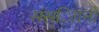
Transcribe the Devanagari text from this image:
संस्ािानों